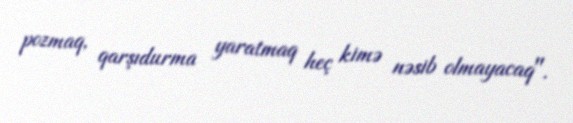
pozmaq, qarşıdurma yaratmaq heç kimə nəsib olmayacaq".